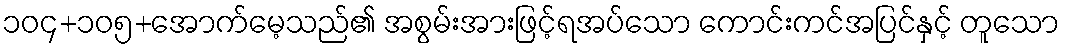
၁၀၄+၁၀၅+အောက်မေ့သည်၏ အစွမ်းအားဖြင့်ရအပ်သော ကောင်းကင်အပြင်နှင့် တူသော